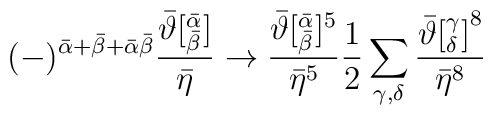
(-)^{{\bar\alpha}+{\bar\beta}+\bar\alpha\bar\beta}\frac{{\bar\vartheta}[^{\bar\alpha}_{\bar\beta}]}{{\bar\eta}}\rightarrow\frac{{\bar\vartheta}[^{\bar\alpha}_{\bar\beta}]^{5}}{{\bar\eta}^5}{1\over2}\sum_{\gamma,\delta}\frac{{\bar\vartheta[^{\gamma}_{\delta}]}^{8}}{{\bar\eta}^8}